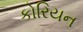
કોરિયન